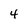
Character: 4